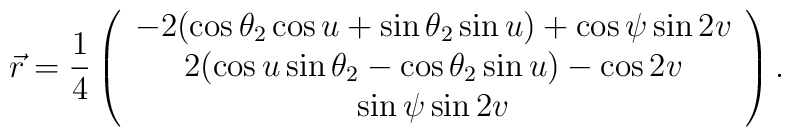
\vec r={1\over4} \left( \begin{array}{c}  -2(\cos{\theta_2} \cos{u} + \sin{\theta_2} \sin{u}) +  \cos{\psi} \sin{2v} \\  2 (\cos{u} \sin{\theta_2} - \cos{\theta_2} \sin{u}) - \cos{2v} \\  \sin{\psi} \sin{2v} \\  \end{array} \right).